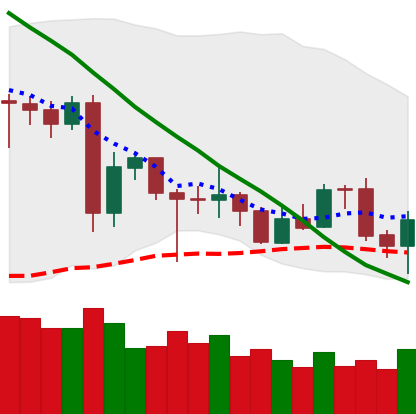
Ticker: LTC-USD
Chart end date: 2020-06-26
Forward return: -3.743%
Label: down_3_5